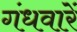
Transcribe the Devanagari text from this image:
गंधवारें